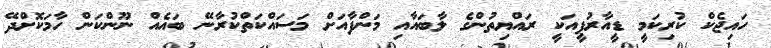
ހައިޖެކް ކުރިކަމީ ޑީއާރުޕީއަކީ ރައްޔިތުންގެ ލާބައާއި މަންފާއަށް މަސައްކަތްކުރާނޭ ބައެއް ނޫންކަން ހާމަކޮށްދޭ